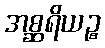
အစ္ဆရိယဉ္စ